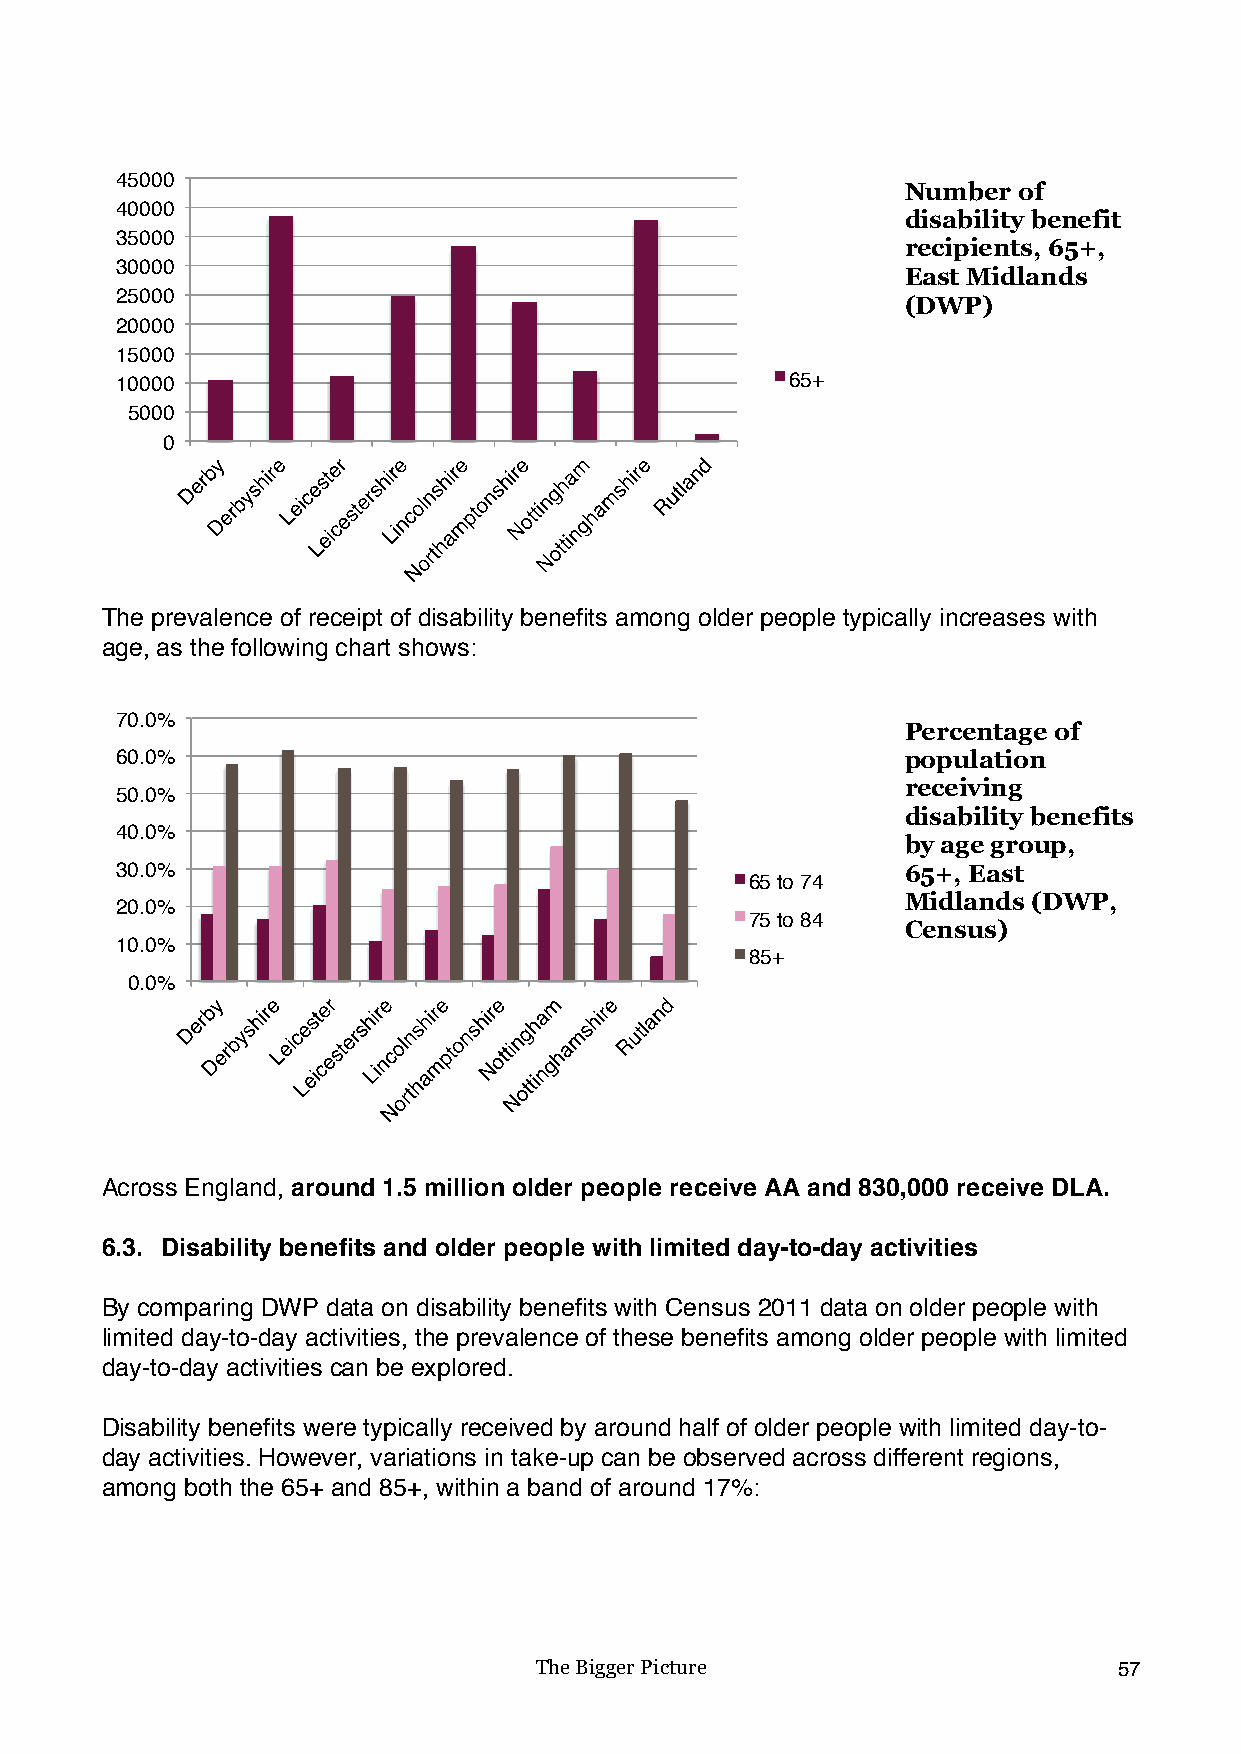
45000
 Number of
 40000
 disability benefit
 35000
 recipients, 65+,
 30000
 East Midlands
 25000
 (DWP)
 20000
 15000
 10000                                       65+
 5000
 0
 The prevalence of receipt of disability benefits among older people typically increases with
 age, as the following chart shows:
 70.0%
 Percentage of
 60.0%                                               population
 receiving
 50.0%
 disability benefits
 40.0%
 by age group,
 30.0%                                               65+, East
 65 to 74
 Midlands (DWP,
 20.0%
 75 to 84
 Census)
 10.0%
 85+
 0.0%
 Across England, around 1.5 million older people receive AA and 830,000 receive DLA.
 6.3. Disability benefits and older people with limited day-to-day activities
 By comparing DWP data on disability benefits with Census 2011 data on older people with
 limited day-to-day activities, the prevalence of these benefits among older people with limited
 day-to-day activities can be explored.
 Disability benefits were typically received by around half of older people with limited day-to-
 day activities. However, variations in take-up can be observed across different regions,
 among both the 65+ and 85+, within a band of around 17%:
 The Bigger Picture                     57